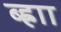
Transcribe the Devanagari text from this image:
ब्ह्राा